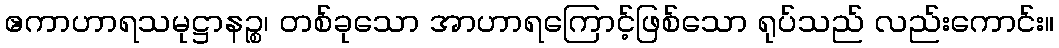
ဧကာဟာရသမုဋ္ဌာနဉ္စ၊ တစ်ခုသော အာဟာရကြောင့်ဖြစ်သော ရုပ်သည် လည်းကောင်း။